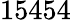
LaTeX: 15454